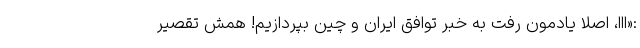
:«اِاِاِ، اصلا یادمون رفت به خبر توافق ایران و چین بپردازیم! همش تقصیر